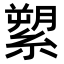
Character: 𦃗